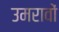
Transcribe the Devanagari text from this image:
उमरावों